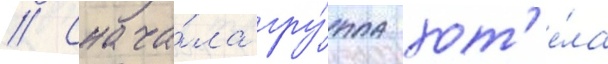
// Снача́ла гру́ппа хот'е́ла